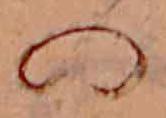
の